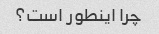
چرا اینطور است؟